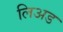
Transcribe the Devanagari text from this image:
लिअड